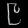
Digit: ၉